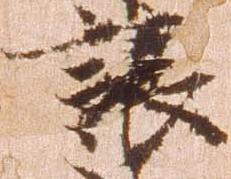
譲